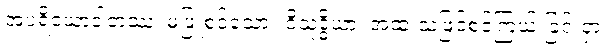
အပရိယောဒါတဿ၊ မဖြူစင်သော။ ဝိသုဒ္ဓိယာ၊ အထူးသဖြင့်စင်ကြယ် ခြင်းငှာ။